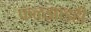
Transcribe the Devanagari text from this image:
फळझाडही